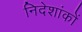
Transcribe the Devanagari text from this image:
निदेशांकों